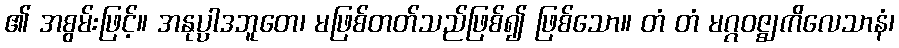
၏ အစွမ်းဖြင့်။ အနုပ္ပါဒဘူတေ၊ မဖြစ်တတ်သည်ဖြစ်၍ ဖြစ်သော။ တံ တံ မဂ္ဂဝဇ္ဈကိလေသာနံ၊